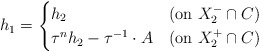
\begin{align*}h_1=\begin{cases} h_2 & ({\rm on}\ X^-_2\cap C) \\ \tau^{n}h_2-\tau^{-1}\cdot A & ({\rm on}\ X^+_2\cap C) \end{cases}\end{align*}